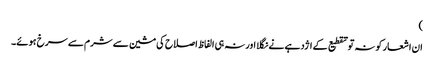
)
ان اشعار کو نہ تو تقطیع کے اژدہے نے نگلا اور نہ ہی الفاظ اصلاح کی مشین سے شرم سے سرخ ہوئے۔